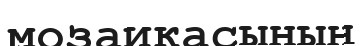
мозаикасының